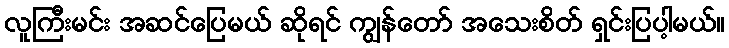
လူကြီးမင်း အဆင်ပြေမယ် ဆိုရင် ကျွန်တော် အသေးစိတ် ရှင်းပြပါ့မယ်။